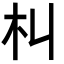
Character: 朻